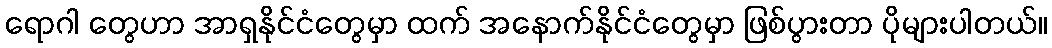
ရောဂါ တွေဟာ အာရှနိုင်ငံတွေမှာ ထက် အနောက်နိုင်ငံတွေမှာ ဖြစ်ပွားတာ ပိုများပါတယ်။